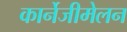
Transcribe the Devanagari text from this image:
कार्नेजीमेलन